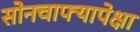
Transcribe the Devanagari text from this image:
सोनचाफ्यापेक्षा